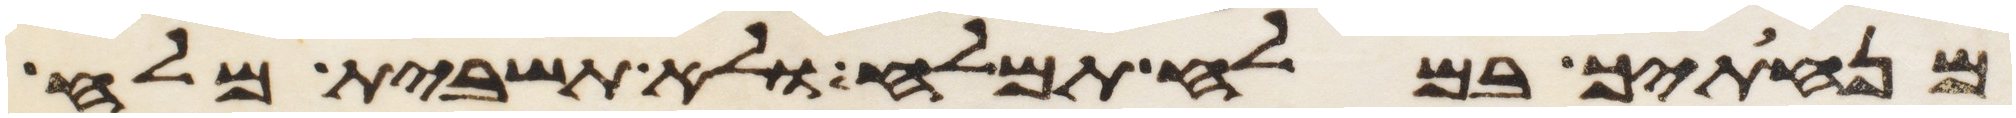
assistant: מנחתך במלח תמלח ולא תשבית מלח